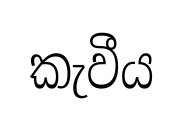
කැවීය